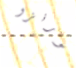
لورنزو